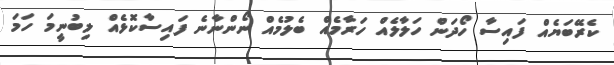
ކެރޭބަޔެއް ފައިސާ ހޯދަން ހަލާލެއް ހަރާމެއް ބެލުމެއް ނޯންނާނެ ފައިސާކޮޅެއް ލިބުނީމަ ހަމަ